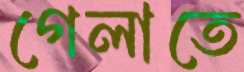
গেলাতে